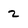
Character: 2